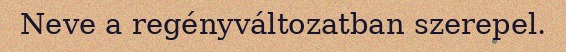
Neve a regényváltozatban szerepel.